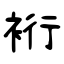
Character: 裄